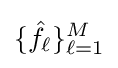
\{{\hat {f}}_{\ell }\}_{\ell =1}^{M}